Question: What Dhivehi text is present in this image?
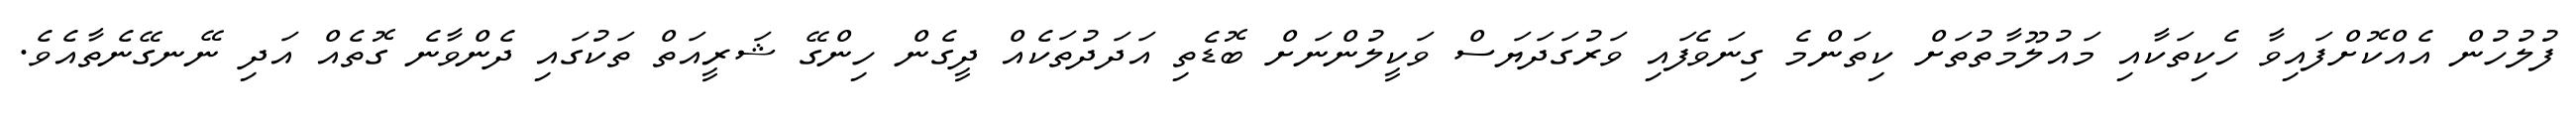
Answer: ފުލުހުން އެއްކޮށްފައިވާ ހެކިތަކާއި މައުލޫމާތުތަށް ކިތަންމެ ގިނަވެފައި ވަރުގަދަޔަސް ވަކީލުންނަށް ބޮޑެތި އަދަދުތަކެއް ދީގެން ހިންގޭ ޝަރީއަތް ތަކުގައި ދެންވާނެ ގޮތެއް އަދި ނޭނގޭނެތާއެވެ.